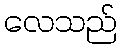
လေသည်